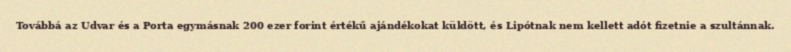
Továbbá az Udvar és a Porta egymásnak 200 ezer forint értékű ajándékokat küldött, és Lipótnak nem kellett adót fizetnie a szultánnak.